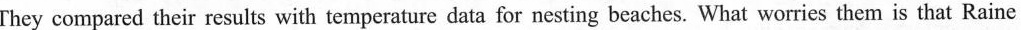
They compared their results with temperature data for nesting beaches. What worries them is that Raine